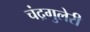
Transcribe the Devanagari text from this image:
चंद्रगुलेरी